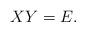
LaTeX: \begin{align*}XY=E. \end{align*}